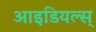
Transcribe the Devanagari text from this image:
आइडियल्स्‌